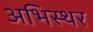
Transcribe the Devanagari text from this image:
अभिस्थर